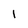
Character: I